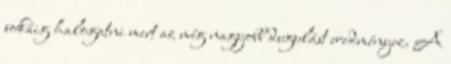
sokáig halogatni mert az még nagyobb dugulást eredményez. A